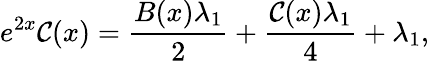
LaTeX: e^{2x}\mathcal{C}(x)=\frac{{B(x)\lambda_{1}}}{{2}}+\frac{{\mathcal{C}(x)\lambda_{1}}}{{4}}+\lambda_{1},